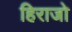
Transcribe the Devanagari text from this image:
हिराजो